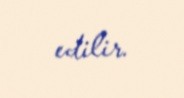
edilir.